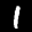
Label: 1